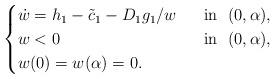
LaTeX: \begin{align*}\begin{cases}\dot{w}=h_1-\tilde c_1- D_1g_1/w \ &\mbox{ in } \ (0, \alpha),\\w<0 \ &\mbox{ in } \ (0, \alpha),\\w(0)=w(\alpha)=0.\end{cases}\end{align*}